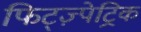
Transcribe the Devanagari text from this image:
फिट्ज़्पेट्रिक